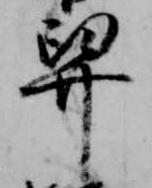
舁